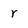
Character: r